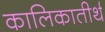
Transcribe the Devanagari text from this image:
कालिकातीर्थ